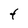
Character: L